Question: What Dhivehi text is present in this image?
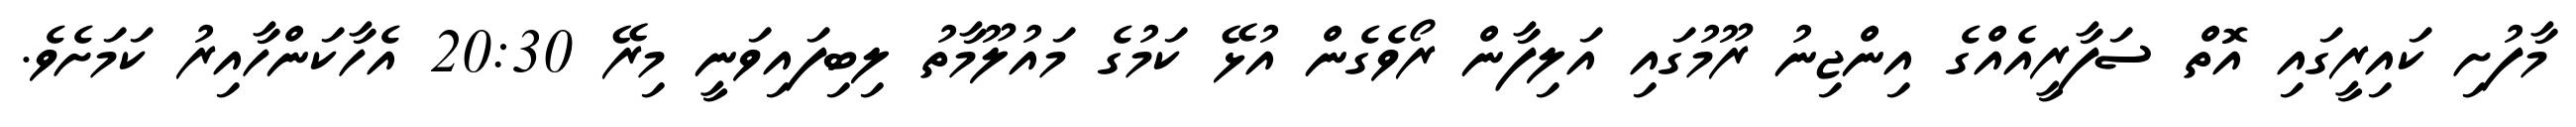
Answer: މާފުށި ކައިރީގައި އޮތް ސަފާރީއެއްގެ އިންޖިނު ރޫމުގައި އަލިފާން ރޯވެގެން އުޅޭ ކަމުގެ މައުލޫމާތު ލިބިފައިވަނީ މިރޭ 20:30 އެހާކަންހާއިރު ކަމަށެވެ.